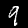
Digit: 9